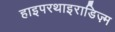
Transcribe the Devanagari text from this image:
हाइपरथाइराडिज़्म